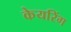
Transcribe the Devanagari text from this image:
केयरिंग